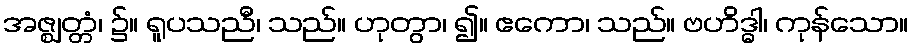
အဇ္ဈတ္တံ၊ ၌။ ရူပသညီ၊ သည်။ ဟုတွာ၊ ၍။ ဧကော၊ သည်။ ဗဟိဒ္ဓါ၊ ကုန်သော။